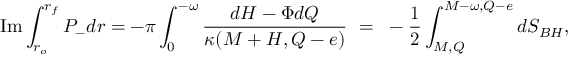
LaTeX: \mathrm { I m } \int _ { r _ { o } } ^ { r _ { f } } P _ { - } d r = - \pi \int _ { 0 } ^ { - \omega } { \frac { d { \cal H } - \Phi d Q } { \kappa ( M + { \cal H } , Q - e ) } } ~ = ~ - \frac { 1 } { 2 } \int _ { M , Q } ^ { M - \omega , Q - e } d S _ { B H } ,